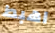
اهبط